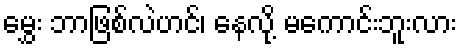
မွှေး ဘာဖြစ်လဲဟင်၊ နေလို့ မကောင်းဘူးလား